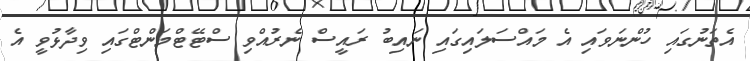
އެތަނުގައި ހުންނަވައި އެ މައްސަލައިގައި ނައިބު ރައީސް ނެރުއްވި ސްޓޭޓްމަންޓްގައި ވިދާޅުވީ އެ